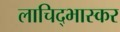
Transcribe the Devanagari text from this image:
लाचिद्भास्कर